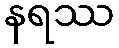
နရဿ